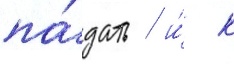
па́дать / и́ к